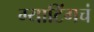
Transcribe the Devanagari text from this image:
ग्याटिंगचं